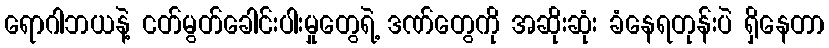
ရောဂါဘယနဲ့ ငတ်မွတ်ခေါင်းပါးမှုတွေရဲ့ ဒဏ်တွေကို အဆိုးဆုံး ခံနေရတုန်းပဲ ရှိနေတာ